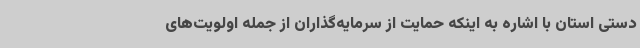
دستی استان با اشاره به اینکه حمایت از سرمایه‌گذاران از جمله اولویت‌های